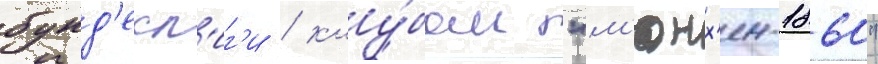
бунд'есл'иг'и / клу́бом "м'юнх'ен-1860"